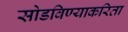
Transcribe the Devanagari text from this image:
सोडविण्‍याकरिता